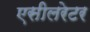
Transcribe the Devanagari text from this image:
एसीलरेटर